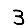
Digit: 3